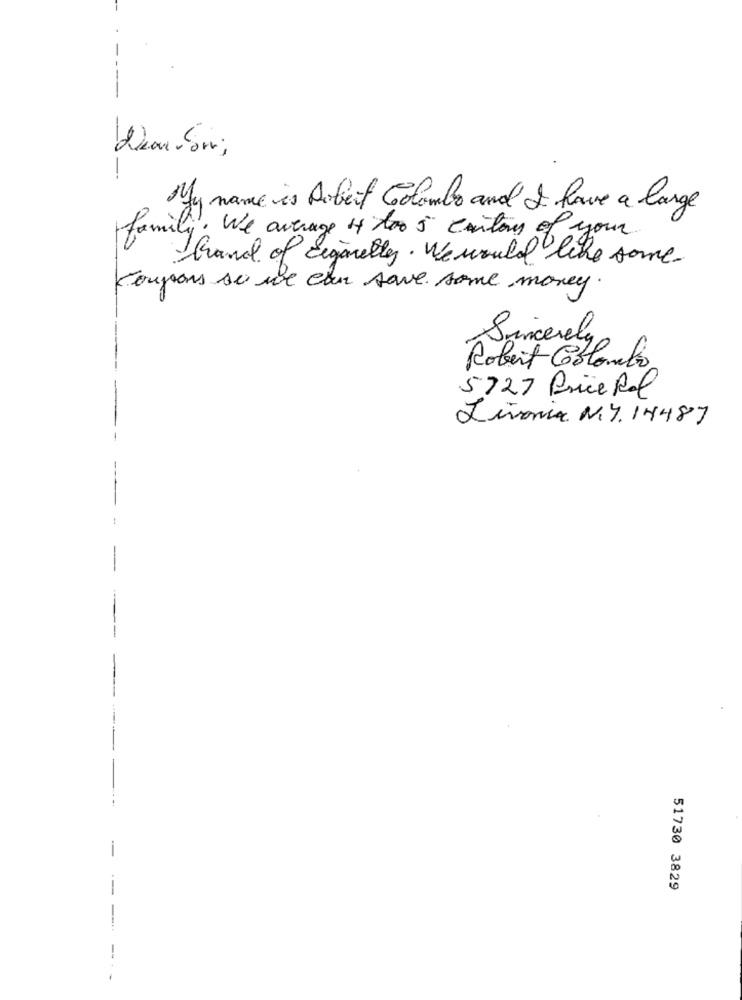
My name is Robert Colombo and I have a large
family. We average i too 5 canton of your
hand of cigarety. We would like some
Koujons se we can save some money
Sincerely
Robert Colombo
5727 Price Ral
Livonia N. Y. 14487
51730 3829
--